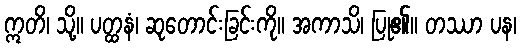
ဣတိ၊ သို့။ ပတ္ထနံ၊ ဆုတောင်းခြင်းကို။ အကာသိ၊ ပြု၏။ တဿာ ပန၊